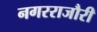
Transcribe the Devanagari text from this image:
नगरराजौरी